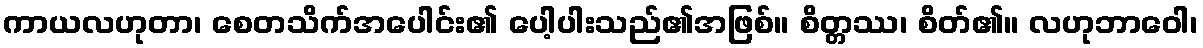
ကာယလဟုတာ၊ စေတသိက်အပေါင်း၏ ပေါ့ပါးသည်၏အဖြစ်။ စိတ္တဿ၊ စိတ်၏။ လဟုဘာဝေါ၊